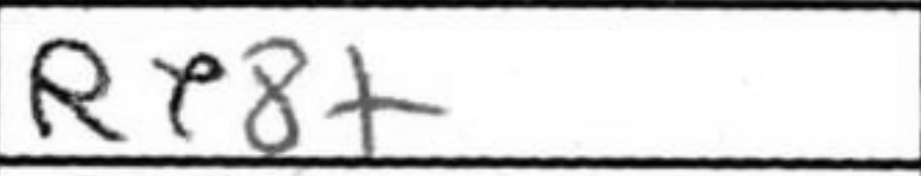
Transcription: Re8+